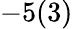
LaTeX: -5(3)